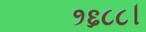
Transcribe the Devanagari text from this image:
१६८८।